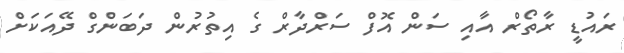
ރައުޑީ ރާތޯރް އާއި ސަން އޮފް ސަރްދާރް ގެ އިތުރުން ދަބަންގް ދޭއަކަށް